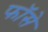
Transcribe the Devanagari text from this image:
फॉसे